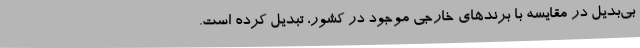
بی‌بدیل در مقایسه با برندهای خارجی موجود در کشور، تبدیل کرده است.